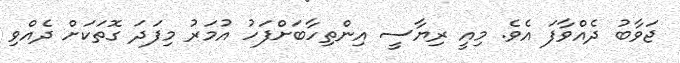
ޖަވާބު ދެއްވާފަ އެވެ. މިއީ ރިޔާސީ އިންތިހާބަށްފަހު އުމަރު މިފަދަ ގޮތަކަށް ދެއްވި